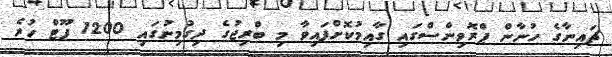
ޗައިނާގެ ހުނާން ޕްރޮވިންސްގައި ގާއިމުކޮށްފައިވާ މި ބްރިޖުގެ ދިގުމިނުގައި 1200 ފޫޓް ހުރެ